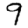
Digit: 9